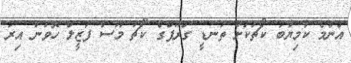
އެންމެ ކާމިޔާބު ކޯޗަކަށް ތުނޑީ ގްރޫޕްގެ ކޯޗު މޫސާ ފަޒީލް ހޮވުން އިރު